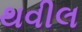
થવીલ